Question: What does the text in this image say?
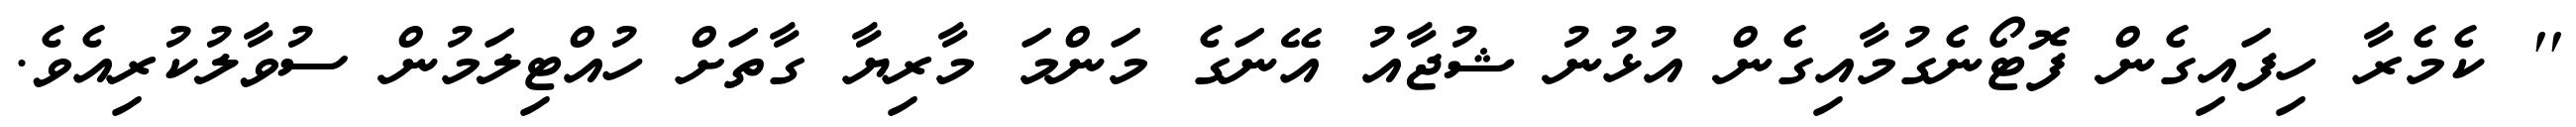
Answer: '' ކެމެރާ ހިފައިގެން ފޮޓޯނެގުމާއިގެން އުޅުނު ޝުޖާއު އޭނަގެ މަންމަ މާރިޔާ ގާތަށް ހުއްޓިލަމުން ސުވާލުކުރިއެވެ.